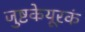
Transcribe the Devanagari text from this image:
जुष्टकेयूरकं